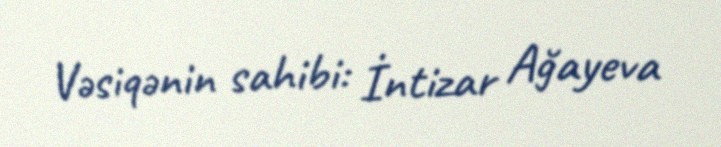
Vəsiqənin sahibi: İntizar Ağayeva